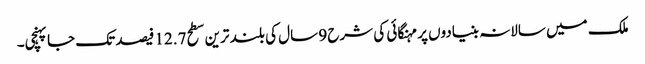
ملک میں سالانہ بنیادوں پر مہنگائی کی شرح 9 سال کی بلند ترین سطح 12.7 فیصد تک جاپہنچی۔